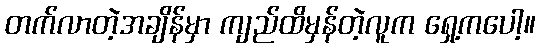
တက်လာတဲ့အချိန်မှာ ကျည်ထိမှန်တဲ့လူက ရှေ့ကပေါ့။